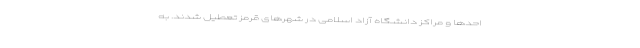
احد‌ها و مراکز دانشگاه آزاد اسلامی در شهر‌های قرمز تعطیل شدند. به